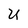
Character: U